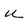
Character: u